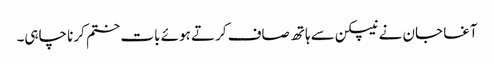
آغا جان نے نیپکن سے ہاتھ صاف کرتے ہوئے بات ختم کرنا چاہی۔